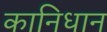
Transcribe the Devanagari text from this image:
कानिधान